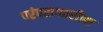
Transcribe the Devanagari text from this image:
परंपरागतरीत्या